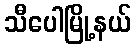
သီပေါမြို့နယ်